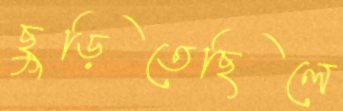
ছুড়িতেছিলে